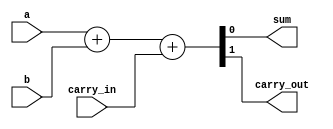
module full_adder_assign(a, b, carry_in, sum, carry_out);
    input a, b, carry_in;
    output sum, carry_out;

    assign #(24) {carry_out, sum} = a + b + carry_in;
endmodule